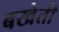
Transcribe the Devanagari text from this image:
बखेती